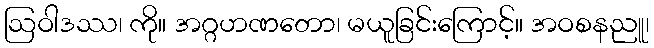
ဩဝါဒဿ၊ ကို။ အဂ္ဂဟဏတော၊ မယူခြင်းကြောင့်။ အဝစနညူ၊